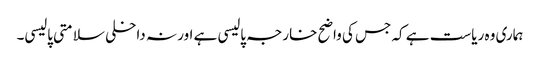
ہماری وہ ریاست ہے کہ جس کی واضح خارجہ پالیسی ہے اور نہ داخلی سلامتی پالیسی۔